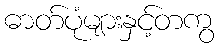
ဓာတ်ပုံများနှင့်တကွ